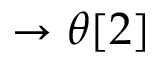
\rightarrow \theta [ 2 ]